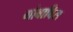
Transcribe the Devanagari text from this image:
गोबाबिस